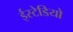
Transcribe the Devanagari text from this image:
ईस्टेडियो